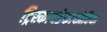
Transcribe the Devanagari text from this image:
ट्रिस्कायडेकाफोबिया